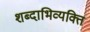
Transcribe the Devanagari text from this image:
शब्दाभिव्यक्ति